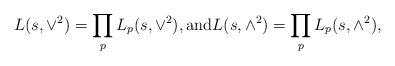
\begin{align*} L(s, \vee^2) = \prod_p L_p(s, \vee^2), \mbox{and} L(s, \wedge^2)= \prod_p L_p(s, \wedge^2),\end{align*}